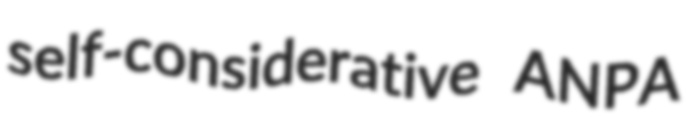
self-considerative ANPA